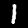
Label: 1